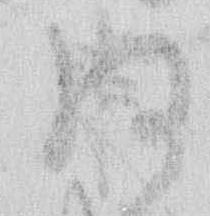
あ